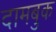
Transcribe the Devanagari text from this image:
दामबुक